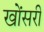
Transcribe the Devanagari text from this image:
खोंसरी